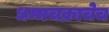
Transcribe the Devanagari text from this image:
धम्मचक्राचेच